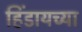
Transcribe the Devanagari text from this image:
हिंडायच्या